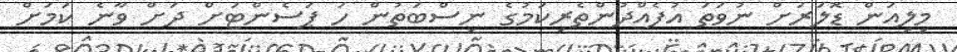
މިލިއަން ޑޮލަރަށް ނުވަތަ އުފެއްދުންތެރިކަމުގެ ނިސްބަތުން ހަ ޕަސެންޓަށް ދަށް ވާނެ ކަމަށް